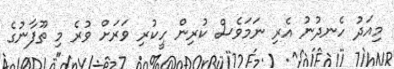
މިއަދު ހެނދުނު އެރި ނަމަވެސް ކުރިން ހީކުރި ވަރަށް ވުރެ މި ތޫފާނުގެ